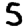
Digit: 5